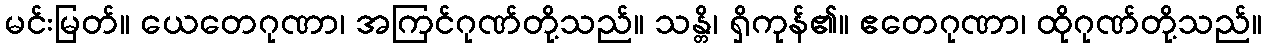
မင်းမြတ်။ ယေတေဂုဏာ၊ အကြင်ဂုဏ်တို့သည်။ သန္တိ၊ ရှိကုန်၏။ ဧတေဂုဏာ၊ ထိုဂုဏ်တို့သည်။